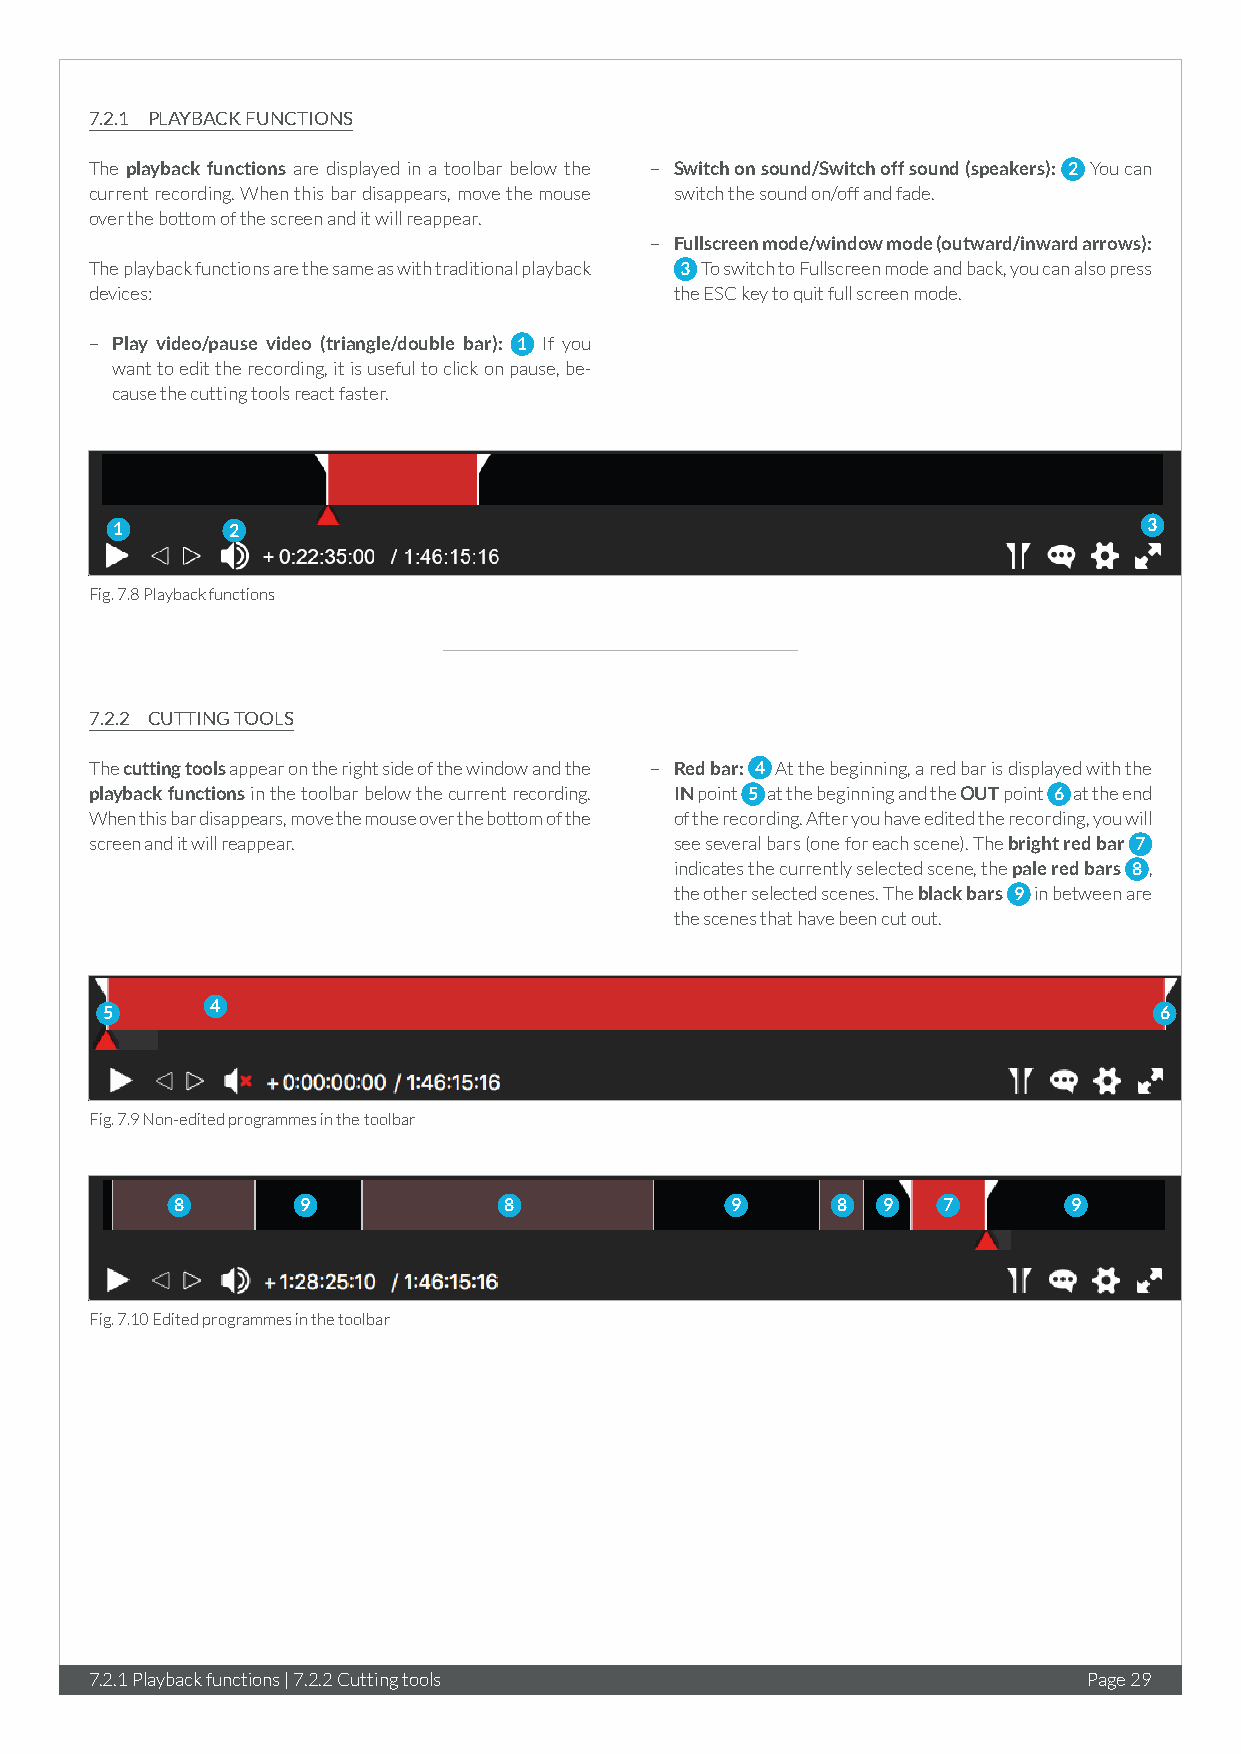
7.2.1 PLAYBACK FUNCTIONS
 The playback functions are displayed in a toolbar below the – Switch on sound/Switch off sound (speakers): 2 You can
 current recording. When this bar disappears, move the mouse switch the sound on/off and fade.
 over the bottom of the screen and it will reappear.
 – Fullscreen mode/window mode (outward/inward arrows):
 The playback functions are the same as with traditional playback 3 To switch to Fullscreen mode and back, you can also press
 devices:                               the ESC key to quit full screen mode.
 – Play video/pause video (triangle/double bar): 1 If you
 want to edit the recording, it is useful to click on pause, be-
 cause the cutting tools react faster.
 1       2                                                            3
 Fig. 7.8 Playback functions
 7.2.2 CUTTING TOOLS
 The cutting tools appear on the right side of the window and the – Red bar: 4 At the beginning, a red bar is displayed with the
 playback functions in the toolbar below the current recording. IN point 5 at the beginning and the OUT point 6 at the end
 When this bar disappears, move the mouse over the bottom of the of the recording. After you have edited the recording, you will
 screen and it will reappear.           see several bars (one for each scene). The bright red bar 7
 indicates the currently selected scene, the pale red bars 8 ,
 the other selected scenes. The black bars 9 in between are
 the scenes that have been cut out.
 4
 5                                                                     6
 Fig. 7.9 Non-edited programmes in the toolbar
 8       9            8              9      8  9   7        9
 Fig. 7.10 Edited programmes in the toolbar
 7.2.1 Playback functions | 7.2.2 Cutting tools                    Page 29